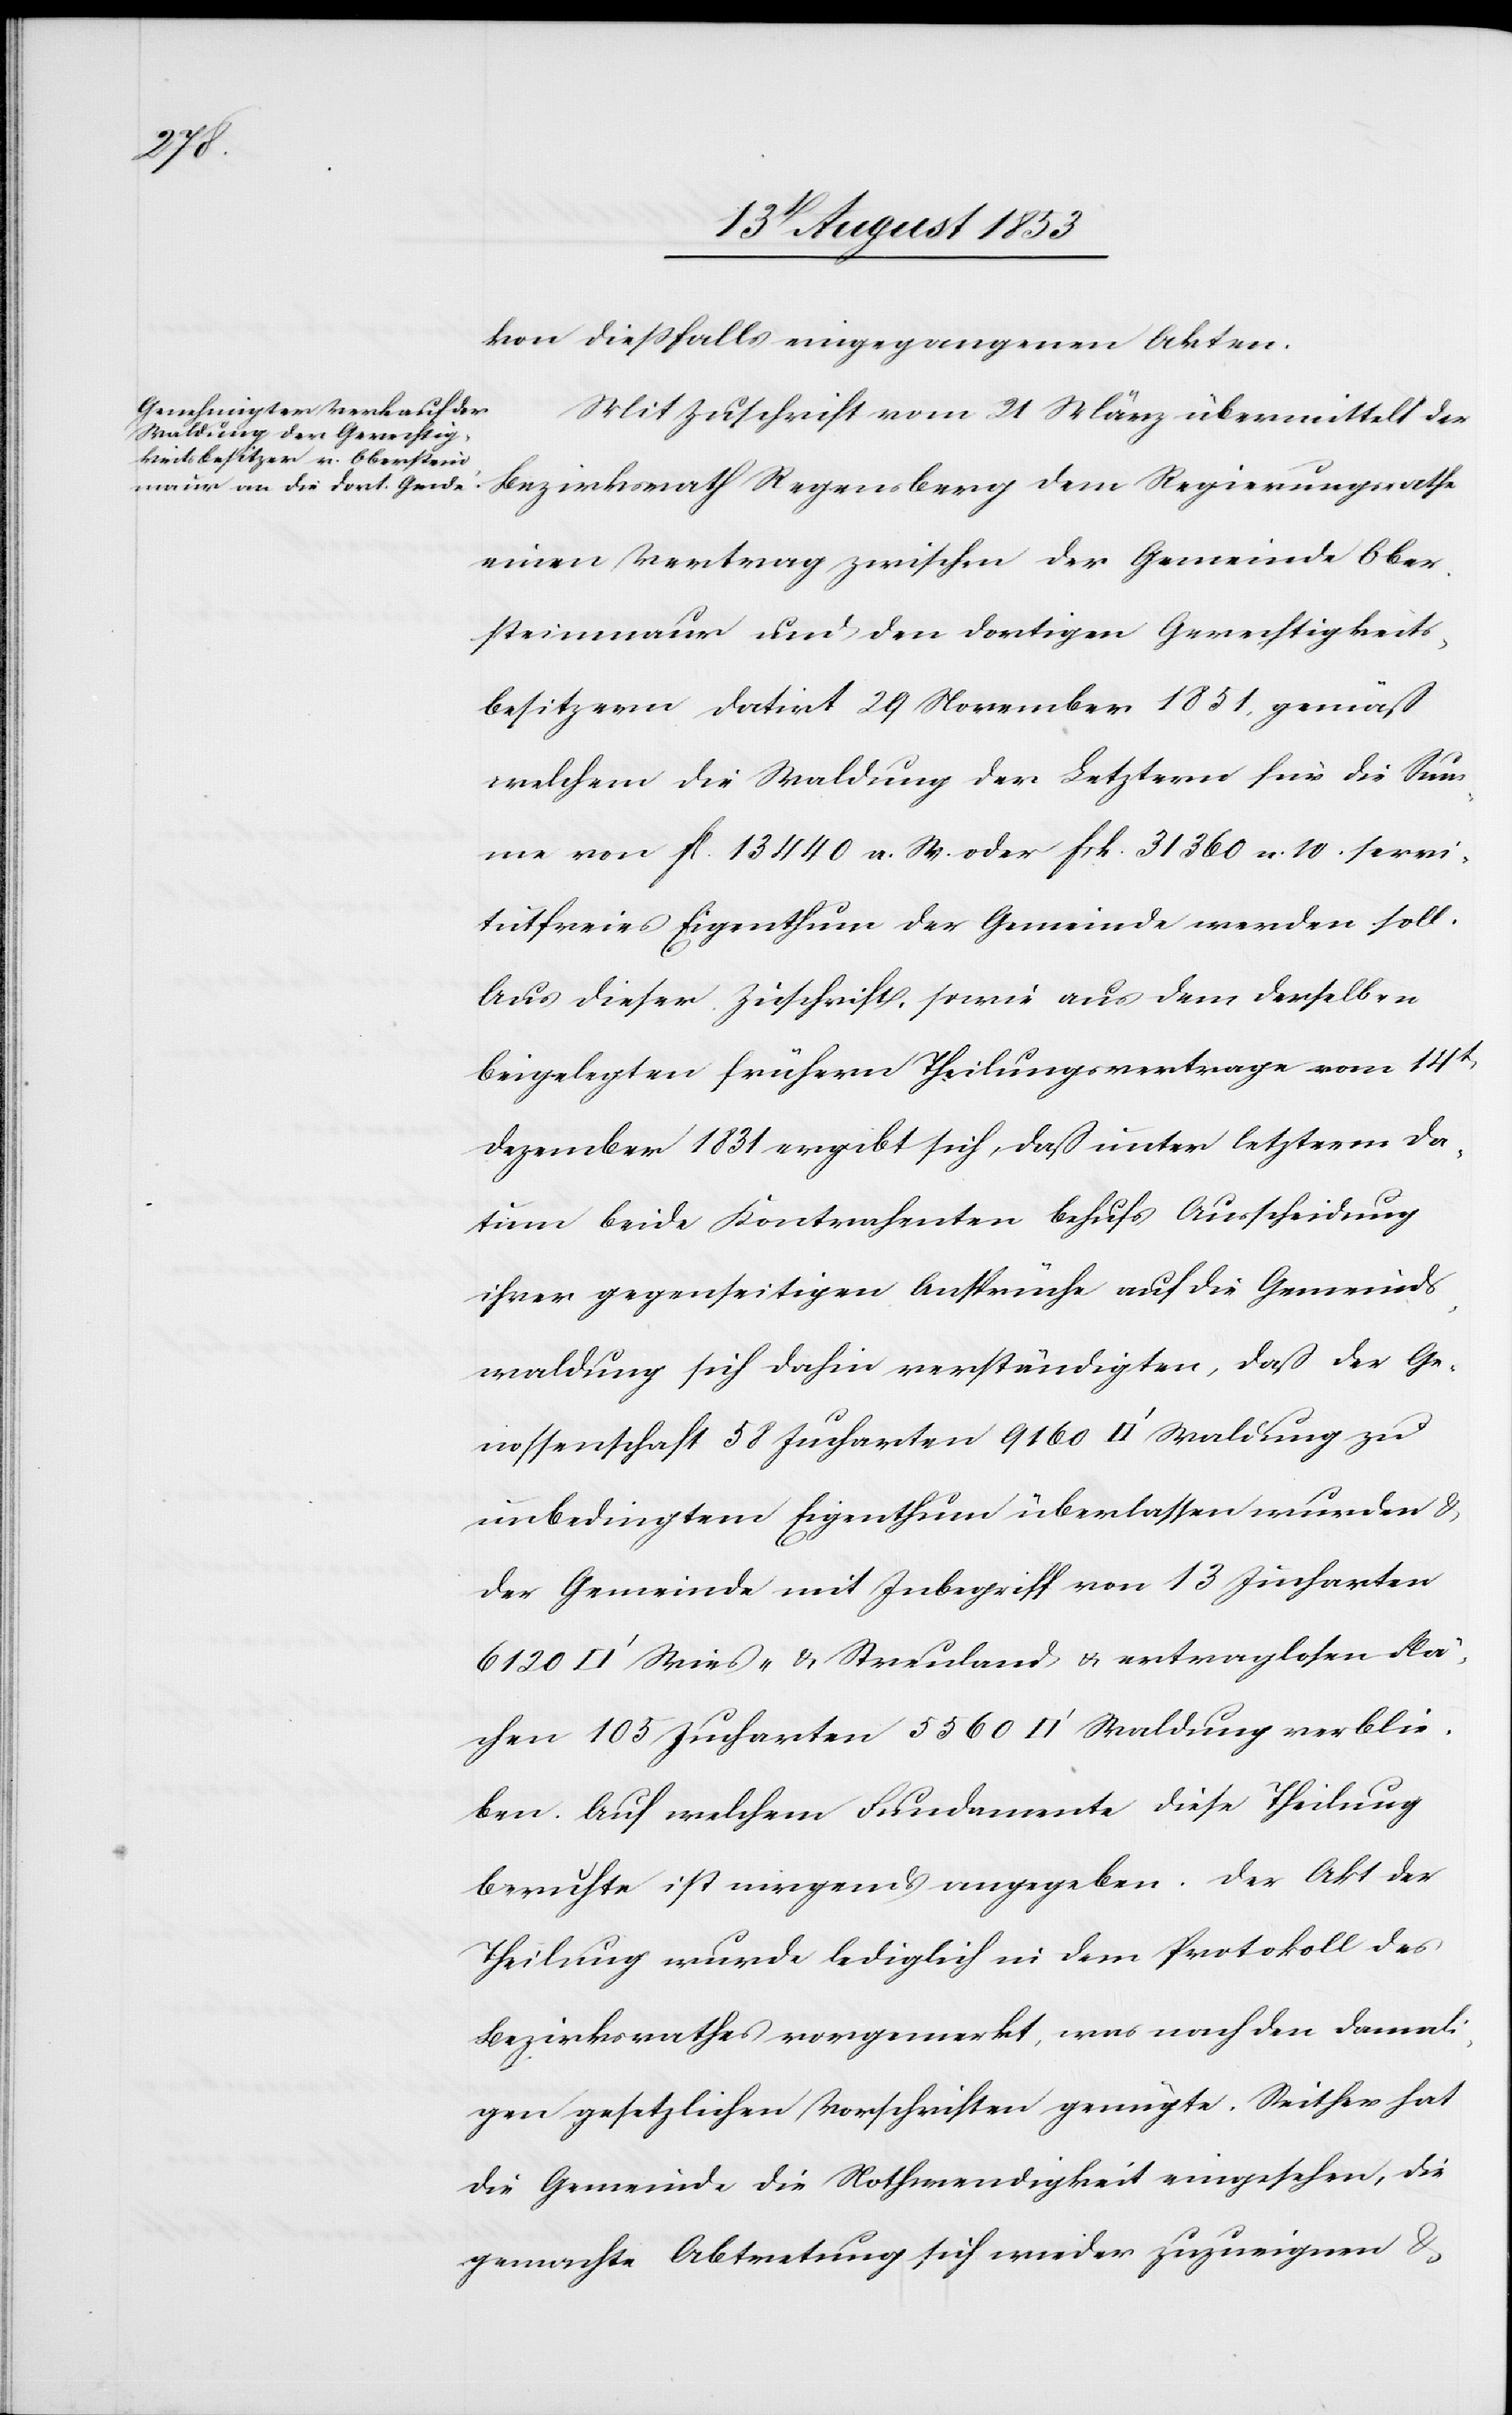
kon dießfalls eingegangenen Akten.
Mit Zuschrift vom 21 März übermittelt der
Bezirksrath Regensberg dem Regierungsrathe
einen Vertrag zwischen der Gemeinde Ober¬
steinmaur und den dortigen Gerechtigkeits¬
besitzern datirt 29 November 1831, gemäß
welchem die Waldung der Letztern für die Sum¬
me von fc. 13 440 a. W. oder frk. 31 360 n. W. servi¬
tutfreies Eigenthum der Gemeinde werden soll.
Aus dieser Zuschrift, sowie aus dem derselben
beigelegten frühern Theilungsvertrage vom 14t
Dezember 1831 ergibt sich, daß unter letzterm Da¬
tum beide Kontrahenten behufs Ausscheidung
ihrer gegenseitigen Ansprüche auf die Gemeinds¬
waldung sich dahin verständigten, daß der Ge¬
nossenschaft 51 Jucharten 9160 [Quadratfuß] Waldung zu
unbedingtem Eigenthum überlassen wurden u.
der Gemeinde mit Inbegriff von 13 Jucharten
Wies- u. Streuland u. ertraglosen Flä¬
chen 105 Jucharten 5560 [Quadratfuß] Waldung verblei¬
ben. Auf welchem Fundamente diese Theilung
beruhte ist nirgends angegeben. Der Akt der
Theilung wurde lediglich in dem Protokoll des
Bezirksrathes vorgemerkt, was nach den damali¬
gen gesetzlichen Vorschriften genügte. Seither hat
die Gemeinde die Nothwendigkeit eingesehen, die
gemachte Abtretung sich wieder zuzueignen u.